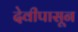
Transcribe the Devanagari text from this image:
देवीपासून